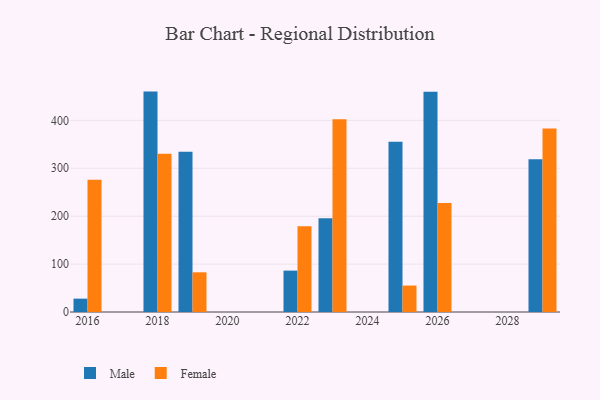
{"axis": {"x": "Year", "y": "Humidity (%)"}, "legend": ["Female", "Male"], "data": [{"x": "2026", "y": 459.8, "type": "Male"}, {"x": "2026", "y": 227.7, "type": "Female"}, {"x": "2025", "y": 355.2, "type": "Male"}, {"x": "2025", "y": 55.2, "type": "Female"}, {"x": "2029", "y": 319.0, "type": "Male"}, {"x": "2029", "y": 382.9, "type": "Female"}, {"x": "2016", "y": 27.9, "type": "Male"}, {"x": "2016", "y": 275.9, "type": "Female"}, {"x": "2019", "y": 334.7, "type": "Male"}, {"x": "2019", "y": 82.9, "type": "Female"}, {"x": "2023", "y": 195.5, "type": "Male"}, {"x": "2023", "y": 402.6, "type": "Female"}, {"x": "2022", "y": 86.4, "type": "Male"}, {"x": "2022", "y": 178.9, "type": "Female"}, {"x": "2018", "y": 460.1, "type": "Male"}, {"x": "2018", "y": 330.1, "type": "Female"}]}